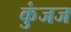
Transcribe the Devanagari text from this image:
कुंजज